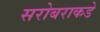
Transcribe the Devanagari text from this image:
सरोबराकडे